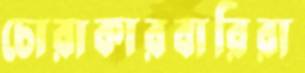
চোরাকারবারিরা